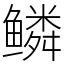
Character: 鳞